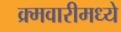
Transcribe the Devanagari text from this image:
क्र्मवारीमध्ये